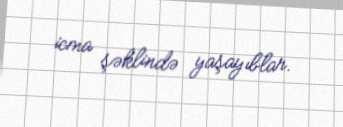
icma şəklində yaşayıblar.